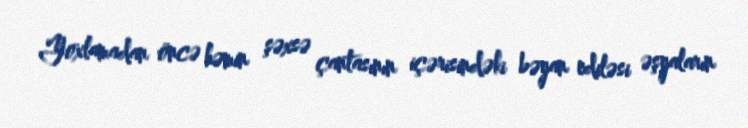
Yoxlamadan öncə həmin şəxsə çantasının içərisindəki bəyan ediləsi əşyaların